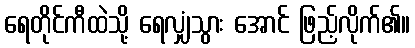
ရေတိုင်ကီထဲသို့ ရေလျှံသွား အောင် ဖြည့်လိုက်၏။